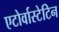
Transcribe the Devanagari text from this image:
एटोर्वास्टेटिन